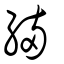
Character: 緉